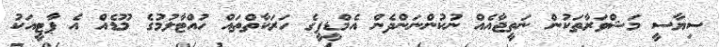
ސިޔާސީ މަޝްވަރާތަކުން ނަތީޖާއެއް ނުކުންނަންދެން އެމްޑީޕީގެ ހަރަކާތްތައް ހުއްޓާލުމުގެ މޫޑެއް އެ ޕާޓީއަކު